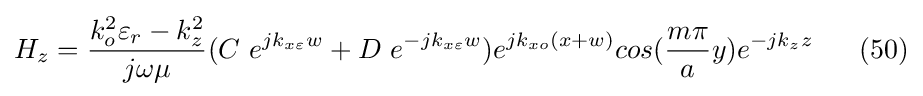
H_{z}={\frac {k_{o}^{2}\varepsilon _{r}-k_{z}^{2}}{j\omega \mu }}(C\ e^{jk_{x\varepsilon }w}+D\ e^{-jk_{x\varepsilon }w})e^{jk_{xo}(x+w)}cos({\frac {m\pi }{a}}y)e^{-jk_{z}z}\ \ \ \ \ (50)